King Institute of Preventive Medicine Bacteriolog. Section reports 1907-08
Year: 1907
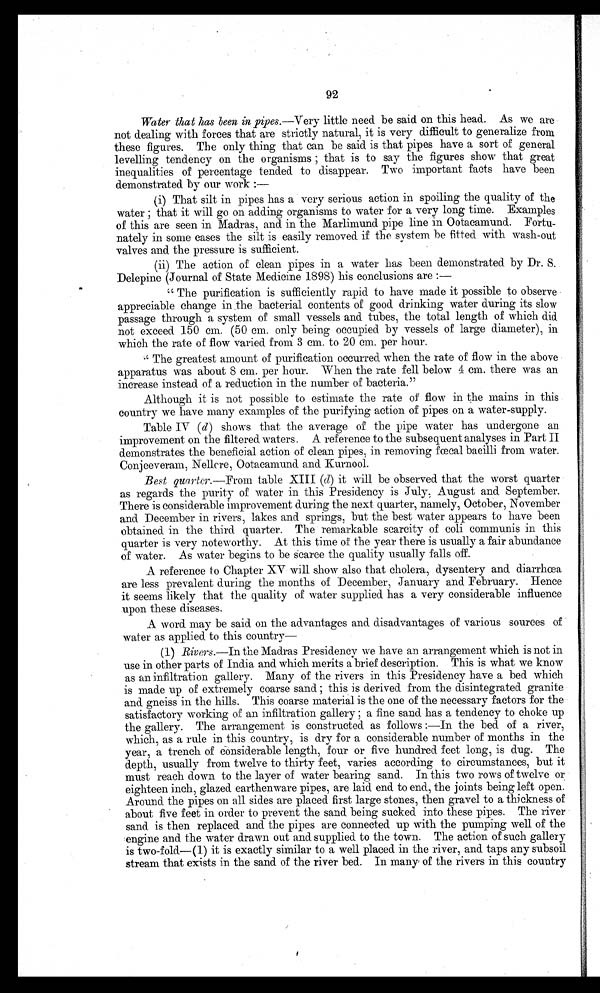
92
Water that has been in pipes.—Very little need be said on this head. As we are
not dealing with forces that are strictly natural, it is very difficult to generalize from
these figures. The only thing that can be said. is that pipes have a sort of general
levelling tendency on the organisms ; that is to say the figures show that great
inequalities of percentage tended to disappear. Two important facts have been
demonstrated by our work :—
(i) That silt in pipes has a very serious action in spoiling the quality of the
water ; that it will go on adding organisms to water for a very long time. Examples
of this are seen in Madras, and in the Marlimund pipe line in Ootacamund. Fortu-
nately in some cases the silt is easily removed. if the system be fitted with wash-out
valves and the pressure is sufficient.
(ii) The action of clean pipes in a water has been demonstrated. by Dr. S..
Delepine (Journal of State Medicine 1898) his conclusions are :—
" The purification is sufficiently rapid to have made it possible to observe-
appreciable change in the bacterial contents of good drinking water during its slow
passage through a system of small vessels and tubes, the total. length of which did
not exceed 150 cm. (50 cm. only being occupied by vessels of large diameter), in
which the rate of flow varied from 3 cm. to 20 cm. per hour.
" The greatest amount of purification occurred when the rate of flow in the above
apparatus was about S cm. per hour. When the rate fell below 4 cm. there was an
increase instead of a reduction in the number of bacteria."
Although it is not possible to estimate the rate of flow in the mains in this
country we have many examples of the purifying action of pipes on a water-supply.
Table IV (d) shows that the average of the pipe water has -undergone an
improvement on the filtered waters. A reference to the subsequent analyses in Part II
demonstrates the beneficial action of clean pipes, in removing fœcal bacilli from water.
Conjeeveram, Nellcre, Ootacamund and Kurnool.
Best quarter.—From table XIII (d) it will be observed that the worst quarter
as regards the purity of water in this Presidency is July, August and September.
There is considerable improvement during the next quarter, namely, October, November
and. December in rivers, lakes and springs, but the best water appears to have been
obtained in the third quarter. The remarkable scarcity of coli communis in this
quarter is very noteworthy. At this time of the year there is usually a fair abundance
of water. As water begins to be Scarce the quality usually falls off.
A reference to Chapter XV will show also that cholera, dysentery and diarrhœa
are less prevalent during the months of December, January and February. Hence
it seems likely that the quality of water supplied has a very considerable influence
upon these diseases.
A word may be said on the advantages and disadvantages of various sources of
water as applied to this country
(1) Rivers.—In the Madras Presidency we have an arrangement which is not in
use in other parts of India and which merits a brief description. This is what we know
as an infiltration gallery. Many of the rivers in this Presidency have a bed which
is made up of extremely coarse sand ; this is derived from the disintegrated granite
and gneiss in the hills. This coarse material is the one of the necessary factors for the
satisfactory working of an infiltration gallery ; a fine sand has a tendency to choke up
the gallery. The arrangement is constructed as follows :—In the bed of a river,
which, as a rule in this country, is dry for a considerable number of months in the
year, a trench of ebnsiderable length, four or five hundred feet long, is dug. The
depth, usually from twelve to thirty feet, varies according to circumstances, but it
must reach down to the layer of water bearing sand. In this two rows of twelve or
eighteen inch, glazed earthenware pipes, are laid end to end, the joints being left open.
Around the pipes on all sides are placed first large stones, then gravel to a thickness of
about five feet in order to prevent the sand being sucked into these pipes. The river
sand is then replaced and the pipes are connected up with the pumping well of the
engine and the water drawn out and supplied to the town. The action of such gallery
is two-fold—(1) it is exactly similar to a well placed in the river, and taps any subsoil
stream that exists in the sand of the river bed. In many of the rivers in this country